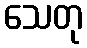
သေတု